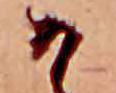
か